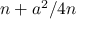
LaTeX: n + a ^ { 2 } / 4 n